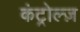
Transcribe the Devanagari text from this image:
कंट्रोल्ज़